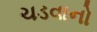
ચડવાનો